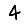
Digit: 4